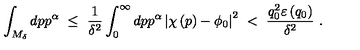
\int _ { M _ { \delta } } d p p ^ { \alpha } \ \leq \ \frac { 1 } { \delta ^ { 2 } } \int _ { 0 } ^ { \infty } d p p ^ { \alpha } \left| \chi \left( p \right) - \phi _ { 0 } \right| ^ { 2 } \ < \ \frac { q _ { 0 } ^ { 2 } \varepsilon \left( q _ { 0 } \right) } { \delta ^ { 2 } } \ .